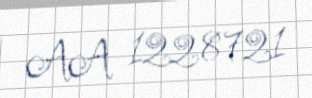
AA 1228721